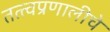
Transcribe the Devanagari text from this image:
तत्त्वप्रणालीचे